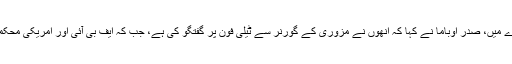
ادھر، قصبے فرگوسن میں سیاہ فام نوجوان کی پولیس کے ہاتھوں ہلاکت کے بارے میں، صدر اوباما نے کہا کہ اُنھوں نے مزوری کے گورنر سے ٹیلی فون پر گفتگو کی ہے، جب کہ ایف بی آئی اور امریکی محکمہٴ انصاف اپنے طور پر واقع کی تفصیلی چھان بین اور رپورٹ تیار کر رہے ہیں۔